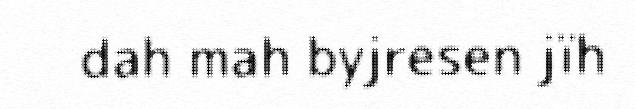
dah mah byjresen jïh